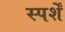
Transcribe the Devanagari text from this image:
स्पर्शें